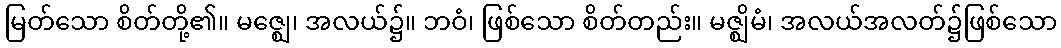
မြတ်သော စိတ်တို့၏။ မဇ္ဈေ၊ အလယ်၌။ ဘဝံ၊ ဖြစ်သော စိတ်တည်း။ မဇ္ဈိမံ၊ အလယ်အလတ်၌ဖြစ်သော